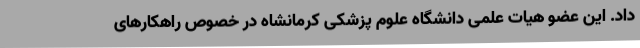
داد. این عضو هیات علمی دانشگاه علوم پزشکی کرمانشاه در خصوص راهکارهای